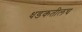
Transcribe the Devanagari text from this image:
धडकतीलच